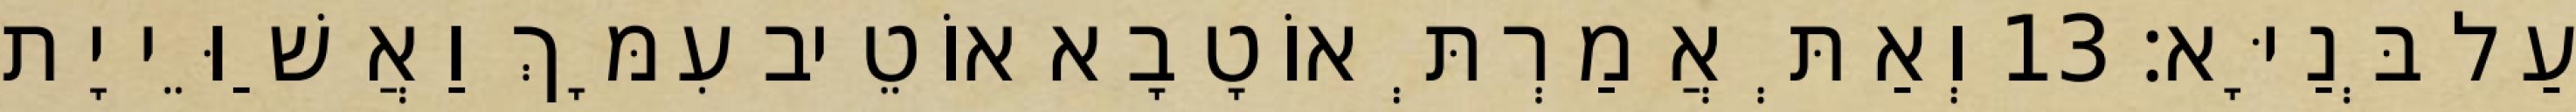
עַל בְּנַיָּא׃ 13 וְאַתְּ אֲמַרְתְּ אוֹטָבָא אוֹטֵיב עִמָּךְ וַאֲשַׁוֵּי יָת